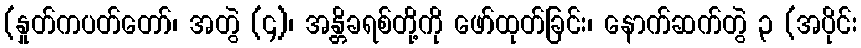
(နှုတ်ကပတ်တော်၊ အတွဲ (၄)၊ အန္တိခရစ်တို့ကို ဖော်ထုတ်ခြင်း၊ နောက်ဆက်တွဲ ၃ (အပိုင်း